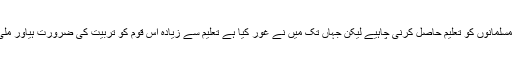
انہوں نے مزید فرمایا ” ایک شور برپا ہے کہ مسلمانوں کو تعلیم حاصل کرنی چاہیے لیکن جہاں تک میں نے غور کیا ہے تعلیم سے زیادہ اِس قوم کو تربیت کی ضرورت ہیاور ملّی اعتبار سے یہ تربیت علماء کے ہاتھ میں ہے۔